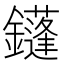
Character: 鑝